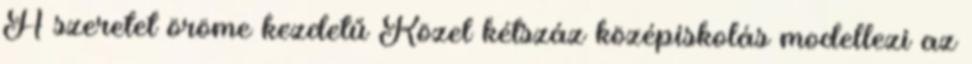
A szeretet öröme kezdetű Közel kétszáz középiskolás modellezi az